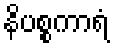
နိပစ္စကာရံ